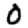
Digit: 0